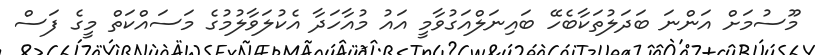
މޫސުމަށް އަންނަ ބަދަލުތަކާބެހޭ ބައިނަލްއަގުވާމީ އައު މުއާހަދާ އެކުލަވާލުމުގެ މަސައްކަތް މީގެ ފަސް